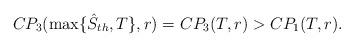
LaTeX: \begin{align*}CP_3(\max\{\hat{S}_{th},T\},r)=CP_3(T,r)>CP_1(T,r).\end{align*}